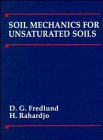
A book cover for Soil Mechanics for Unsaturated Soils; D. G. Fredlund; Crafts, Hobbies & Home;